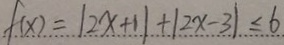
f ( x ) = \vert 2 x + 1 \vert + \vert 2 x - 3 \vert \leq 6